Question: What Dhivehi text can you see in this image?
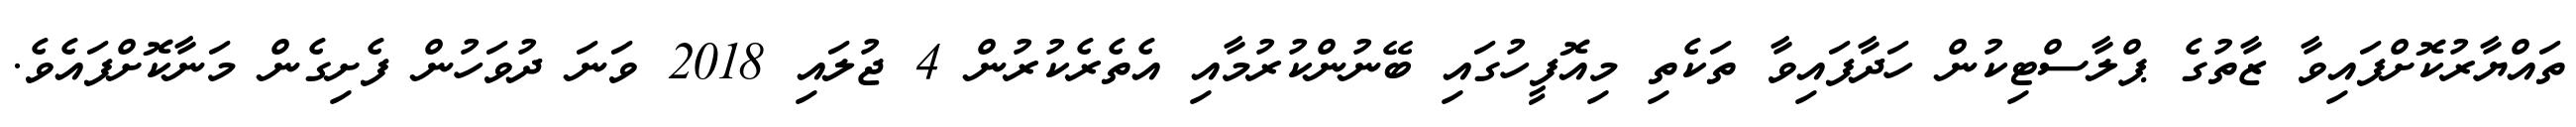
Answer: ތައްޔާރުކޮށްފައިވާ ޒާތުގެ ޕްލާސްޓިކުން ހަދާފައިވާ ތަކެތި މިއޮފީހުގައި ބޭނުންކުރުމާއި އެތެރެކުރުން 4 ޖުލައި 2018 ވަނަ ދުވަހުން ފެށިގެން މަނާކޮށްފައެވެ.